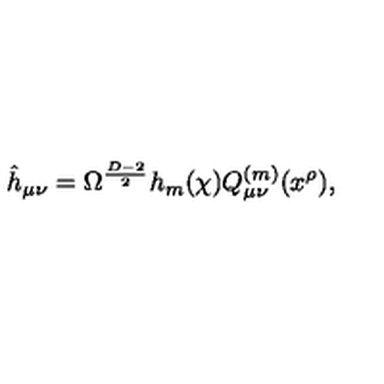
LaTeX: \hat { h } _ { \mu \nu } = \Omega ^ { \frac { D - 2 } { 2 } } h _ { m } ( \chi ) Q _ { \mu \nu } ^ { ( m ) } ( x ^ { \rho } ) ,